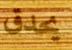
يحدق